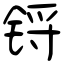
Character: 锊